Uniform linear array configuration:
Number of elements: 64
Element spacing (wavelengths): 0.75
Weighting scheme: hann
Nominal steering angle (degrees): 45
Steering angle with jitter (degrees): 46.323
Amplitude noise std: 0.05
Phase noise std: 0.05

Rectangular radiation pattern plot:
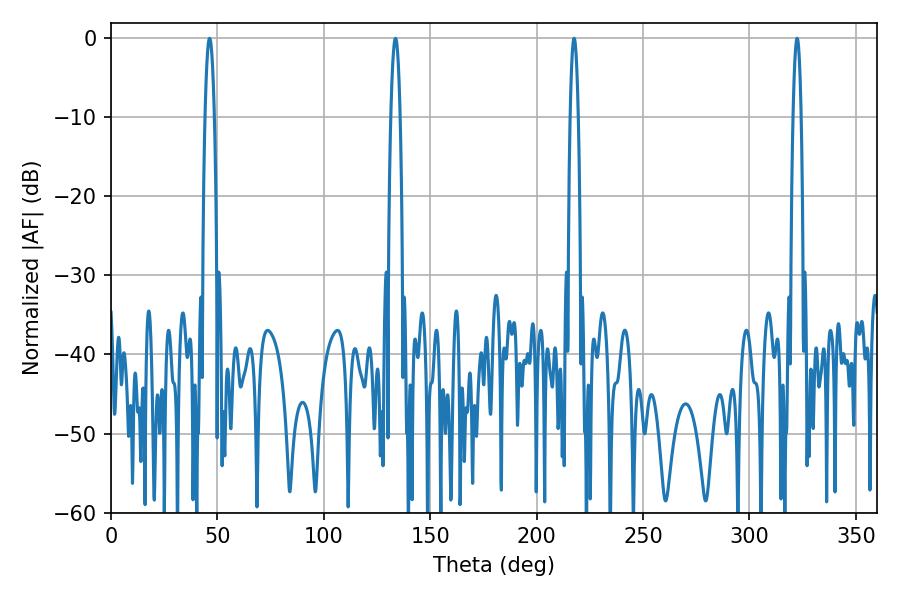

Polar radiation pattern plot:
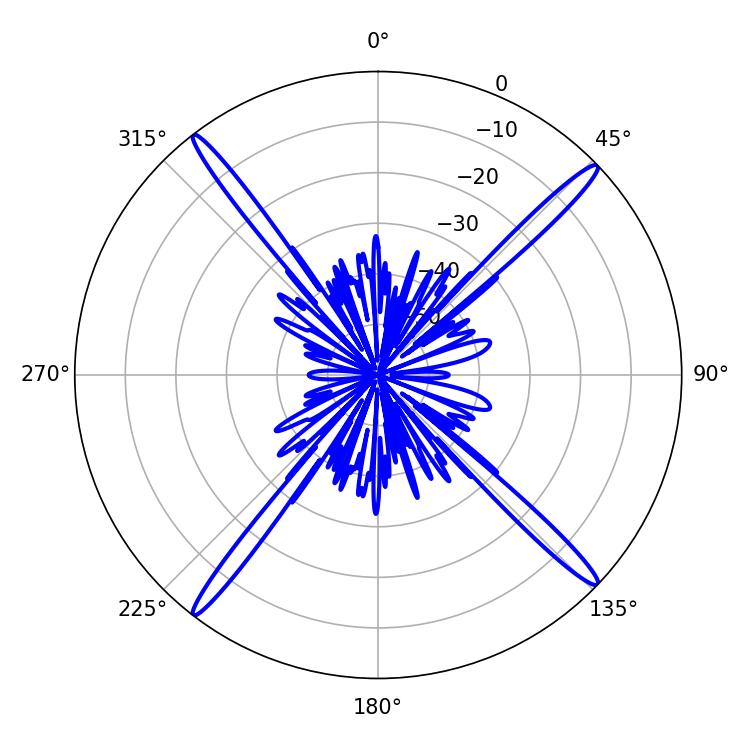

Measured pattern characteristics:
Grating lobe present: TRUE
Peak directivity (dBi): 20.545
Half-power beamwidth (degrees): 2.16
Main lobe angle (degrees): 217.62